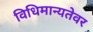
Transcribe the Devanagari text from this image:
विधिमान्यतेवर